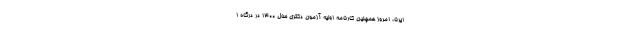
ایرنا، امروز همچنین کارنامه اولیه آزمون دکتری سال ۱۴۰۰ در درگاه ا